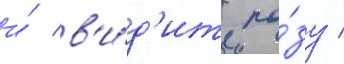
и́ в'и́д'ит ро́зу /